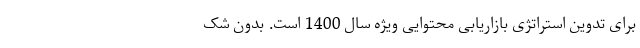
برای تدوین استراتژی بازاریابی محتوایی ویژه سال 1400 است. بدون شک